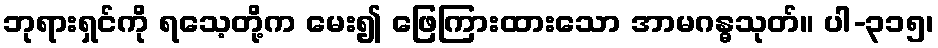
ဘုရားရှင်ကို ရသေ့တို့က မေး၍ ဖြေကြားထားသော အာမဂန္ဓသုတ်။ ပါ-၃၁၅၊